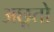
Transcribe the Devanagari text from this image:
अछूतो